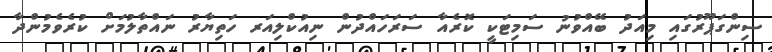
ސިންގަޕޫރުގައި މިއަދު ބޭއްވުނު ސަމިޓަކީ ކޮރެއާ ސަރަހައްދުން ނިއުކްލިއަރ ހަތިޔާރު ނައްތާލުމަށް ކުރެވެމުންދާ